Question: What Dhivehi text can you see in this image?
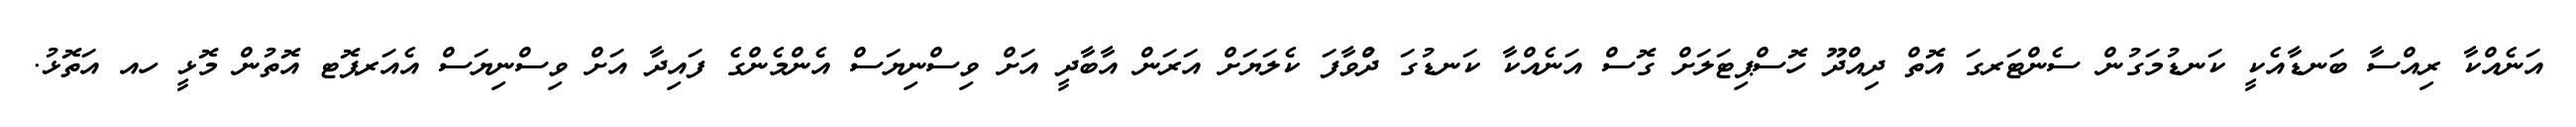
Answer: އަނެއްކާ ރިއްސާ ބަނޑާއެކީ ކަނޑުމަގުން ސެންޓަރގަ އޮތް ދިއްދޫ ހޮސްޕިޓަލަށް ގޮސް އަނެއްކާ ކަނޑުގަ ދުްވާފަ ކެލަޔަށް އަރަން އާބާދީ އަށް ވިސްނިޔަސް އެންމެންގެ ފައިދާ އަށް ވިސްނިޔަސް އެއަރޕޮޓ އޮތުން މޮޅީ ހއ އަތޮޅު.